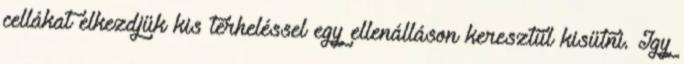
cellákat elkezdjük kis terheléssel egy ellenálláson keresztül kisütni. Így